Report on sanitation, dispensaries, and jails in Rajputana for 1920, and on vaccination for the year 1920-1921 - 1920-1921
Year: 1920
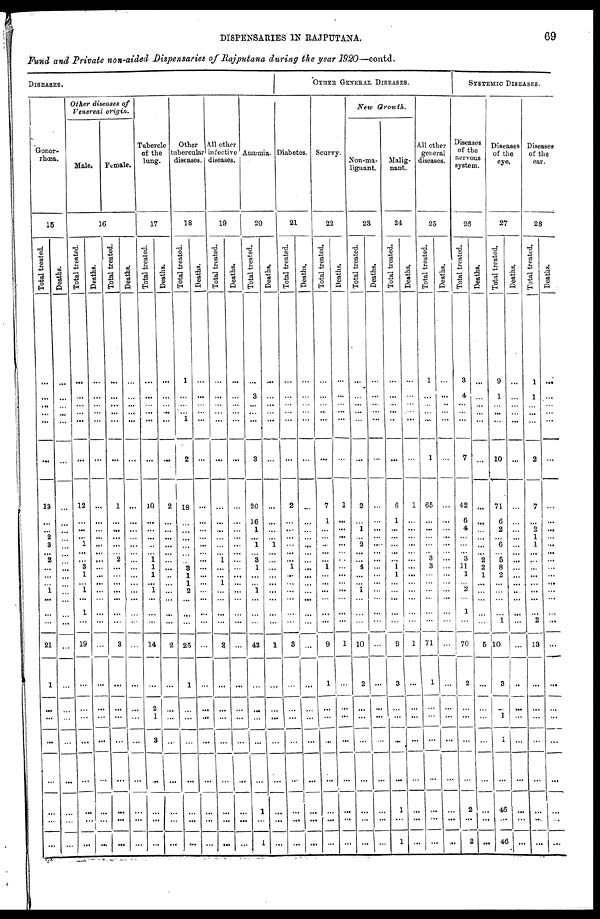
DISPENSARIES IN RAJPUTANA.
69
Fund and Private non-aided Dispensaries of Rajputana during the year 1920—contd.
DISEASES.
Gonor-
rhoea.
15
Total treated.
...
...
...
...
...
...
13
...
...
2
3
... 2
...
...
...
1
...
...
..
21
1
...
...
...
...
...
...
...
Deaths.
...
...
...
...
...
...
...
...
...
...
...
...
...
...
...
...
...
...
...
...
...
...
...
...
...
...
...
...
...
Other diseases of
Venereal origin.
Male.
Female.
16
Total treated.
...
...
...
...
...
...
12
...
...
...
... ...
...
3
1
...
1
...
1
...
19
...
...
...
...
...
...
...
.....
Deaths.
...
...
...
...
...
...
...
...
...
...
...
...
...
...
...
...
...
...
...
...
...
...
...
...
...
...
...
...
...
Total treated.
...
...
...
...
...
...
1
...
...
...
...
... 2
...
...
...
...
...
...
...
3
...
...
...
...
...
...
...
...
Deaths.
...
...
...
...
...
...
...
...
...
...
...
... ...
...
...
...
...
...
...
...
...
...
...
...
...
...
...
...
...
Tubercle
of the
lung.
17
Total treated.
...
...
...
...
...
...
10
...
...
...
...
...
1 1
1
...
1
...
...
...
14
...
2
1
3
...
...
...
...
Deaths.
...
...
...
...
...
...
2
...
...
...
...
...
...
...
...
...
...
...
...
...
2
...
...
...
...
...
...
...
...
Other
tubercular
diseases.
18
Total treated.
1
...
...
...
1
2
18
...
...
...
...
...
...
3
1
1
2
...
...
...
25
1
...
...
...
...
...
...
...
Deaths.
...
...
...
...
...
...
...
...
...
...
...
...
...
...
...
...
...
...
...
...
...
...
...
...
...
...
...
...
...
All other
infective
diseases.
19
Total treated.
...
...
...
...
...
...
...
...
...
...
...
...
1
...
...
1
...
...
...
...
2
...
...
...
...
...
...
...
...
Deaths.
...
...
...
...
...
..
...
...
...
...
...
...
...
...
...
...
...
...
...
...
...
...
...
...
...
...
...
...
...
Anæmia.
20
Total treated.
...
3
...
...
...
3
20
16
1
...
1
... 3
1
...
...
1
...
...
...
43
...
...
...
...
4
...
...
...
Deaths.
...
...
...
...
...
...
...
...
...
...
1
...
...
...
...
...
...
...
...
...
1
...
...
...
...
...
1
...
1
OTHER GENERAL DISEASES.
Diabetes.
21
Total treated.
...
...
...
...
...
...
2
...
...
...
... ...
...
1
...
...
...
...
...
...
3
...
...
...
...
...
...
...
Deaths.
...
...
...
...
...
...
...
...
...
...
...
...
...
...
...
...
...
...
...
...
...
...
...
...
...
...
...
...
...
Scurvy.
22
Total treated.
...
...
...
...
...
...
7
1
...
...
...
...
...
1
...
...
...
...
...
...
9
1
...
...
...
...
...
...
...
Deaths.
...
...
...
...
...
...
1
...
...
...
...
...
...
...
...
...
...
...
...
...
1
...
...
...
...
...
...
...
...
New Growth.
Non-ma¬
liguant.
23
Total treated.
...
...
...
...
...
...
2
...
1
...
2
...
...
4
...
...
1
...
...
...
10
2
...
...
...
...
...
...
...
Deaths.
...
...
...
...
...
...
...
...
...
...
...
...
...
...
...
...
...
...
...
...
...
...
...
...
...
...
...
...
...
Malig-
nant.
24
Total treated.
...
...
...
...
...
...
6
1
...
...
...
...
...
1
1
...
...
...
...
...
9
3
...
...
...
...
1
...
1
Deaths.
...
...
...
...
...
...
1
...
...
...
...
...
...
...
...
...
...
...
...
...
...
...
...
...
...
...
...
...
...
All other
general
diseases.
25
Total treated.
1
...
...
...
...
1
65
...
...
...
...
... 3
3
...
...
...
...
...
...
71
1
...
...
...
...
...
...
...
Deaths.
...
...
...
...
...
...
...
...
...
...
...
...
...
...
...
...
...
...
...
...
...
...
...
...
...
...
...
...
...
SYSTEMIC DISEASES.
Diseases
of the
nervous
system.
26
Total treated.
3
4
...
...
...
7
42
6
4
...
...
... 3
11
1
...
2
...
1
...
70
2
...
...
...
...
2
...
2
Deaths.
...
...
...
...
...
...
...
...
...
...
...
... 2
2
1
...
...
...
...
...
5
...
...
...
...
...
...
...
...
Diseases
of the
eye.
27
Total treated.
9
1
...
...
...
10
71
6
2
...
6
... 5
8
2
...
...
...
...
1
10
3
...
1
1
...
46
...
46
Deaths.
...
...
...
...
...
...
...
...
...
...
...
...
...
...
...
...
...
...
...
...
...
...
...
...
...
...
...
...
...
Diseases
of the
ear.
28
Total treated.
1
1
...
...
...
2
7
...
2
1
1
...
...
...
...
...
...
...
...
2
13
...
...
...
...
...
...
...
...
Deaths.
...
...
...
...
...
...
...
...
...
...
...
...
...
...
...
...
...
...
...
...
...
...
...
...
1
...
...